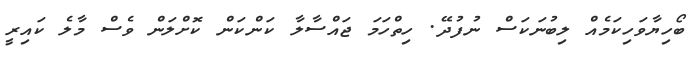
ބޯހިޔާވަހިކަމެއް ލިބުނަކަސް ނުފުދޭ. ހިތްހަމަ ޖައްސާލާ ކަންކަން ކޮށްލަން ވެސް މާލެ ކައިރީ